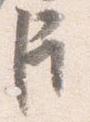
臣